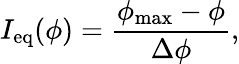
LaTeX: I_{\mathrm{eq}}(\phi)=\frac{\phi_{\mathrm{max}}-\phi}{\Delta\phi},